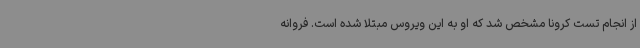
از انجام تست کرونا مشخص شد که او به این ویروس مبتلا شده است. فروانه